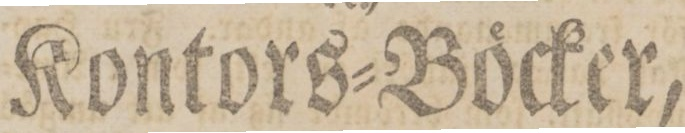
Kontors=Böcker,